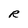
Character: R